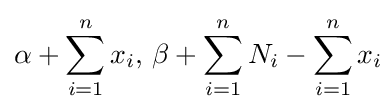
\alpha +\sum _{i=1}^{n}x_{i},\,\beta +\sum _{i=1}^{n}N_{i}-\sum _{i=1}^{n}x_{i}\!